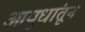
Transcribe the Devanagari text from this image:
आयुधांतून